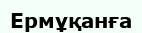
Ермұқанға